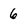
Character: 6